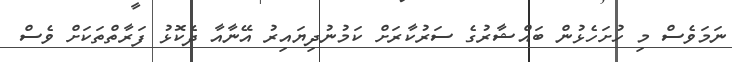
ނަމަވެސް މި ހުށަހެޅުން ބައްޝާރުގެ ސަރުކާރަށް ކަމުނުދިޔައިރު އޭނާއާ ދެކޮޅު ފަރާތްތަކަށް ވެސް